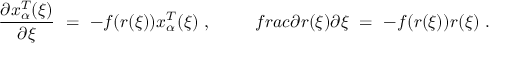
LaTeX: \frac { \partial x _ { \alpha } ^ { T } ( \xi ) } { \partial \xi } \ = \ - f ( r ( \xi ) ) x _ { \alpha } ^ { T } ( \xi ) \ , \ \ \ \ \ \ \ \, f r a c { \partial r ( \xi ) } { \partial \xi } \ = \ - f ( r ( \xi ) ) r ( \xi ) \ .